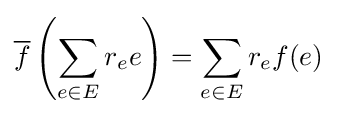
{\overline {f}}\left(\sum _{e\in E}r_{e}e\right)=\sum _{e\in E}r_{e}f(e)